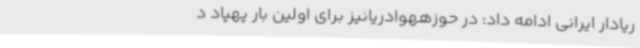
ریادار ایرانی ادامه داد: در حوزههوادریانیز برای اولین بار پهپاد د